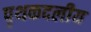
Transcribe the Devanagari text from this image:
पृथकदलीय